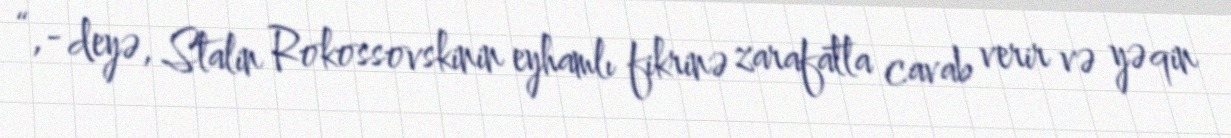
“,- deyə, Stalin Rokossovskinin eyhamlı fikrinə zarafatla cavab verir və yəqin